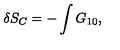
\delta S _ { C } = - \int G _ { 1 0 } ,